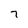
Character: 7